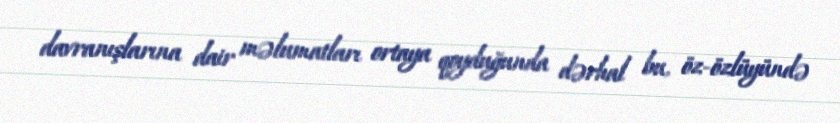
davranışlarına dair məlumatları ortaya qoyduğunda dərhal bu, öz-özlüyündə